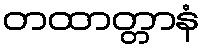
တထာတ္တာနံ